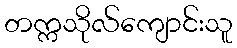
တက္ကသိုလ်ကျောင်းသူ